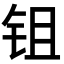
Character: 𬬺